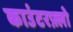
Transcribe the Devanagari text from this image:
काउंटरफ़्लो